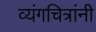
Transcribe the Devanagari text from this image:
व्यंगचित्रांनी